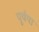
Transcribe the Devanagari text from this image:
पूर्वया